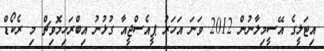
އިޓަލީގެ އޭސީމިލާނުން 2012 ވަނަ އަހަރު ޕީއެސްޖީއާ ގުޅުނު އިބްރަހިމޮވިޗް މި ރެކޯޑް